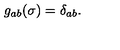
g _ { a b } ( \sigma ) = \delta _ { a b } .